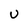
Character: U